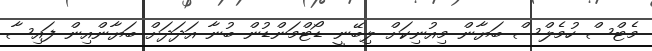
މެޓްސް ހުމެލްސް ބަޔާން މިއުނިކަށް ލިބޭނީ ޑޯޓްމަންޑުން ބުނާ އަދަދަށް ބަޔާންއިން ފައިސާ